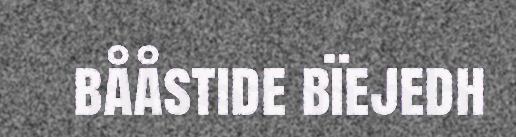
bååstide bïejedh